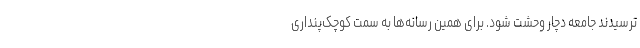
‌ترسیدند جامعه دچار وحشت شود. برای همین رسانه‌ها به سمت کوچک‌پنداری